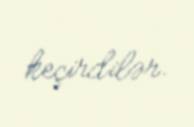
keçirdilər.